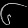
Digit: ၆